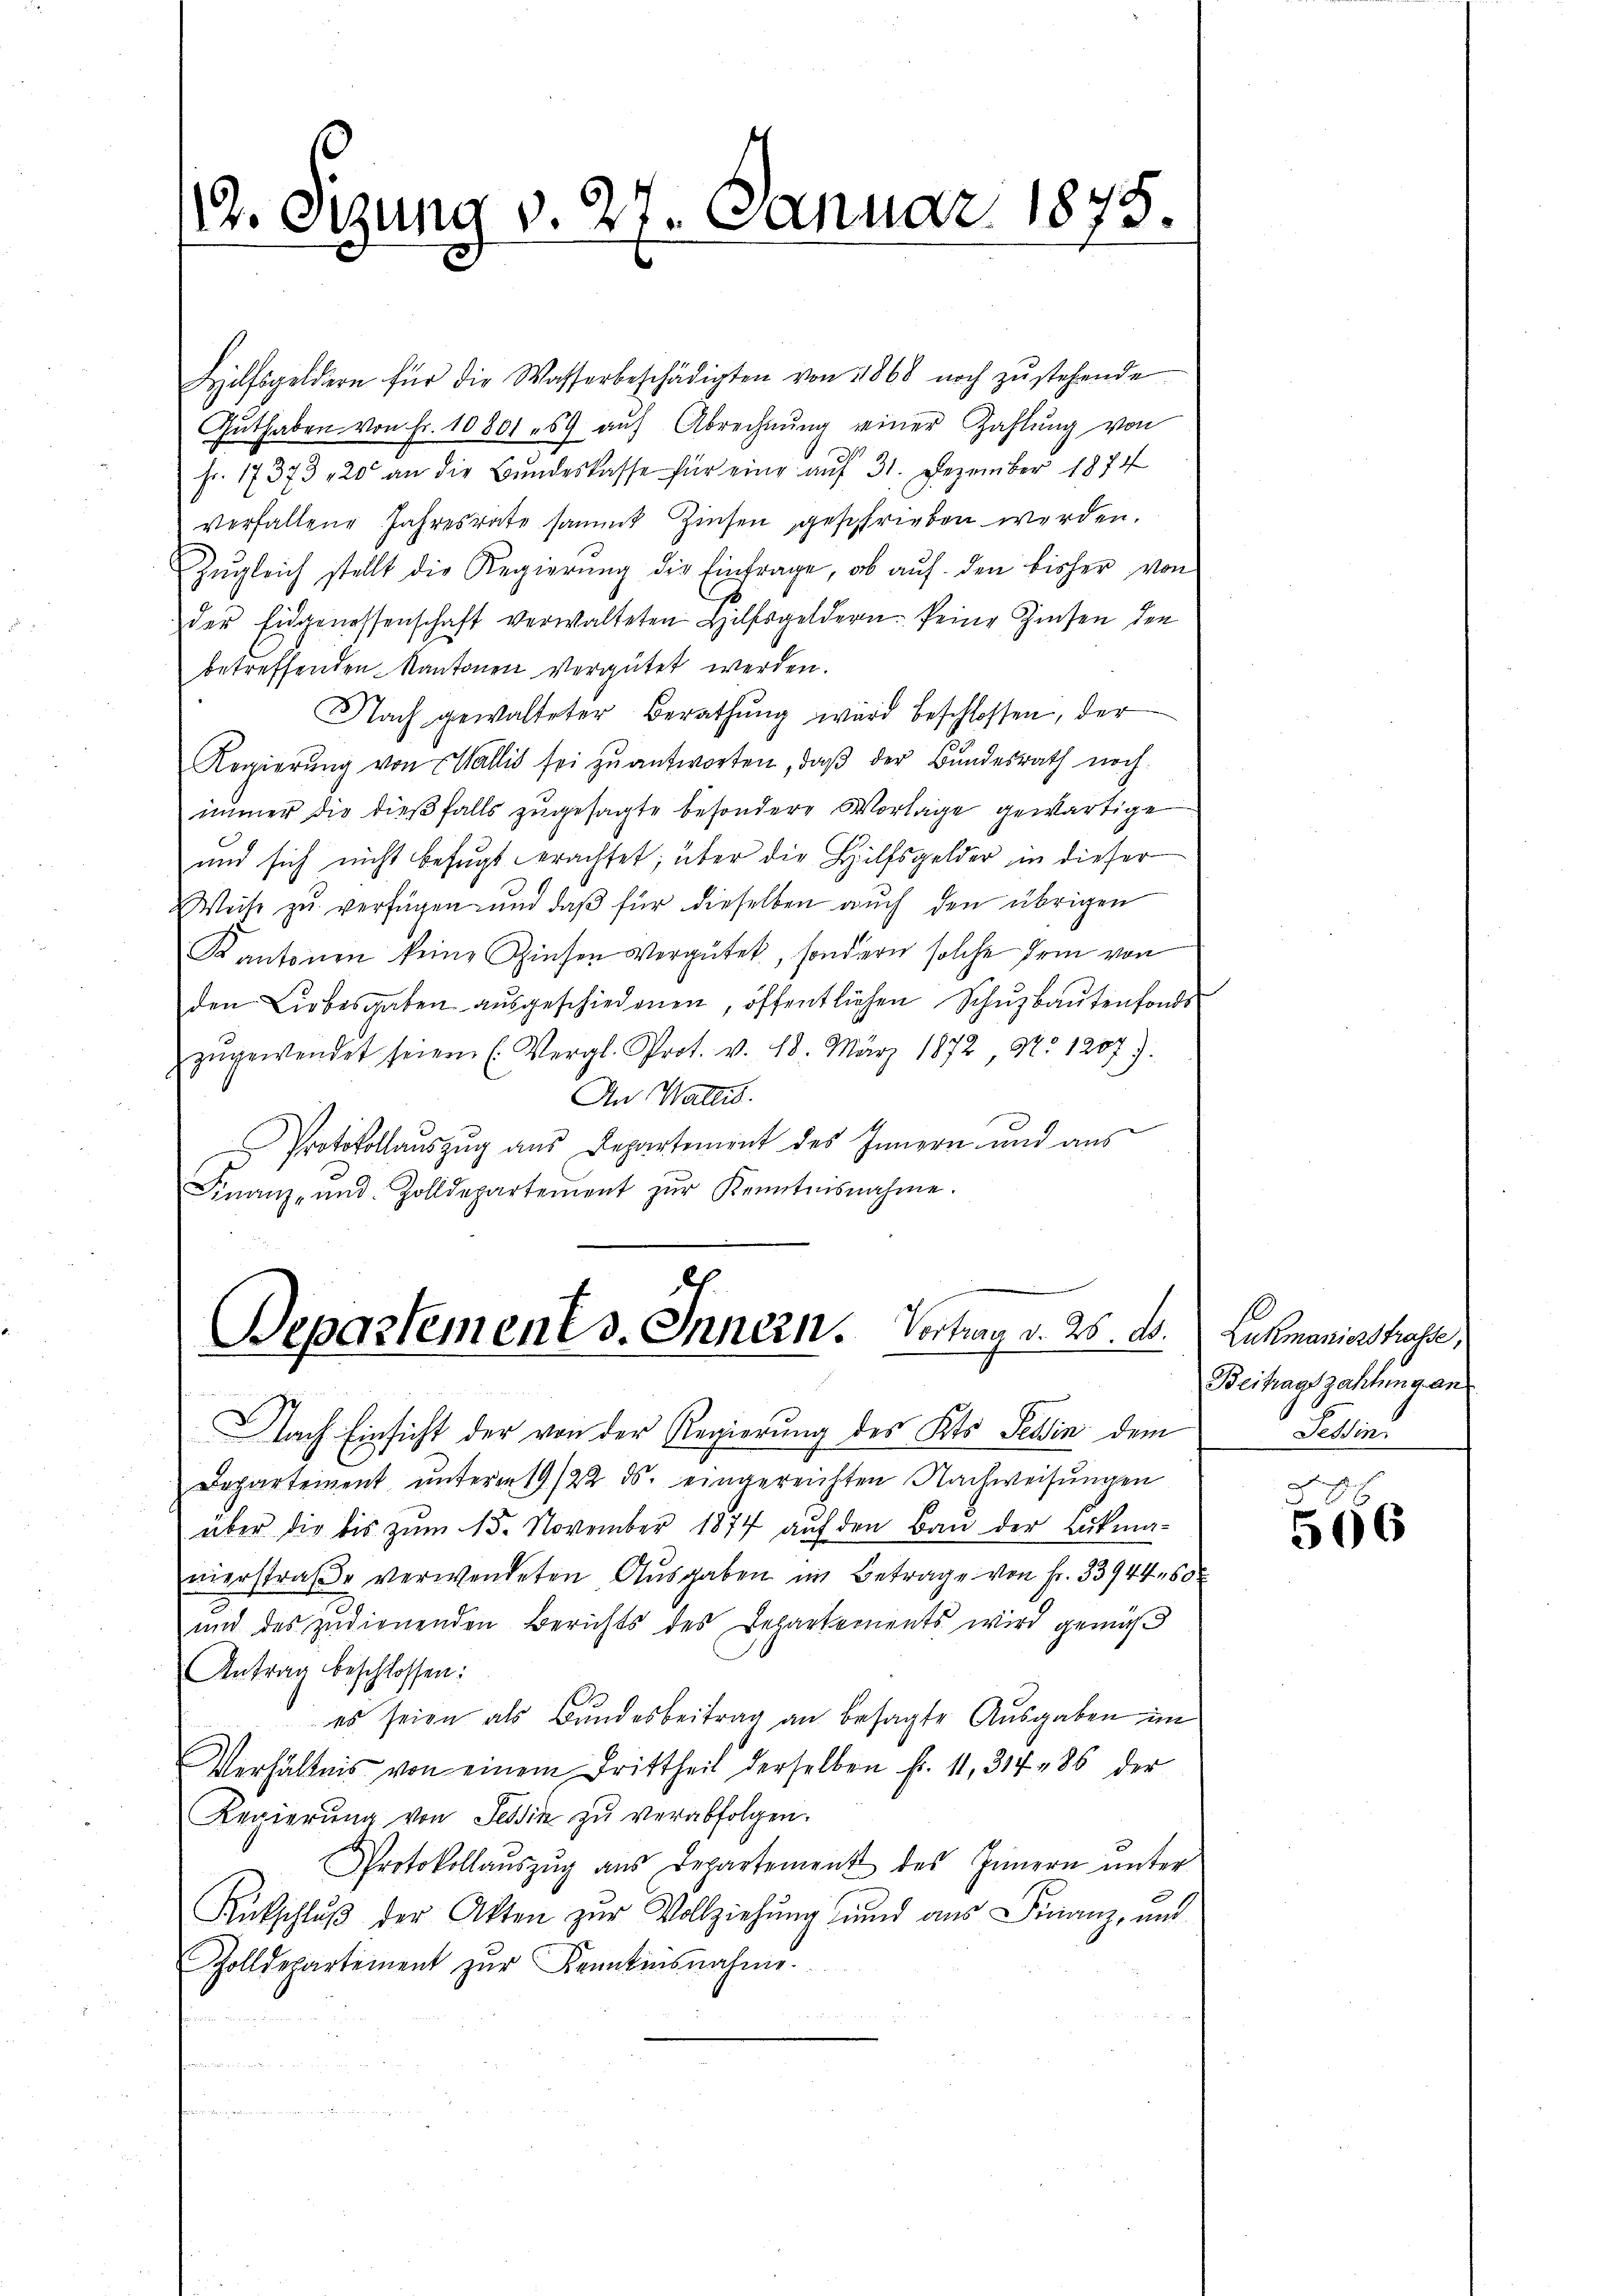
14. Syzung v. 27. Januar 1875.

Hilfsgeldern für die Wasserbeschädigten von 1868 noch zŭstehende
Gŭthaben. Von Fr. 10801 59 auf Abrechnŭng einer Zahlung von
Fr. 17373 20 an die Bŭndeskasse für eine aŭf 31. Dezember 1874
verfallene Jahresrate sammt Zinsen geschrieben werden.
Zŭgleich stellt die Regierŭng die Einfrage, ob auf den bisher von
der Eidgenossenschaft verwalteten Hilfsgeldern keine Zinsen den
betreffenden Kantonen vergütet werden.
Nach gewalteter Berathung ward beschlossen, der
Regierŭng von Wallis sei zŭantworten, daß der Bundesrath noch
immer die dießfalls zugesagte besondere Vorlage gewärtige
und sich nicht befugt erachtet; über die Hilfsgelder in dieser
Weise zŭ verfügen und daβ für dieselben auch den übrigen
Kantonen keine Zinsen Vergütet, sondern solche dein von
den Liebesgaben aŭsgeschiedenen, öffentlichen Schŭzbautenfonds
zŭgewendet seien (Vergl. Prot. v. 18. März 1872 No 1207).
An Wallis.
Protokollauszug aus Departement des Innern und aus
Finanz- und Zolldepartement zŭr Kenntnisnahme.

Departement v. Innern. Vertrag v. 28. d.

Nach Einsicht der von der Regierung des Kts. Tessin dem
Departement unterm 19/22. ds. eingereichten Nachweisŭngen
über die bis zŭm 15. November 1874 aŭf den Bau der Lukma-
unerstraβe verwendeten Ausgaben im Betrage von Fr. 33944, 60 x
und des zurienenden Berichts des Departements wird gemäß
Antrag beschlossen:
es seien als Bundesbeitrag an besagte Ausgaben im
Verhältnis von einem Drittheil derselben fr. 11, 314 - 85 der
Regierung von Tessin zu verabfolgen.
Protokollaŭszŭg aŭs Departement des Innern ŭnter
Rütschlŭβ der Akten zur Vollziehung und aus Finanz, und
Zolldepartement zŭr Kenntnisnahme.
d

Lukmaniesstrasse,
Beitragszahlung an
Feldin

506